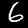
Label: 6